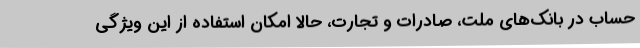
حساب در بانک‌های ملت، صادرات و تجارت، حالا امکان استفاده از این ویژگی